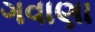
ગવાણા